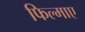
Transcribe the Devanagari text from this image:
फिल्‍माए